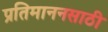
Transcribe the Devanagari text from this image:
प्रतिमाननसाठी